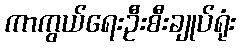
ကာကွယ်ရေးဦးစီးချုပ်ရုံး